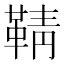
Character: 𮧞